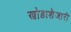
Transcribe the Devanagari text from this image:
खोडाशेजारी